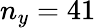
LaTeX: n_{y}=41